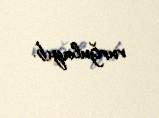
vurğulayıb.